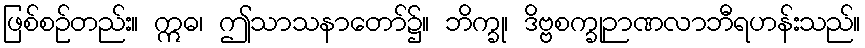
ဖြစ်စဉ်တည်း။ ဣဓ၊ ဤသာသနာတော်၌။ ဘိက္ခု၊ ဒိဗ္ဗစက္ခုဉာဏလာဘီရဟန်းသည်။